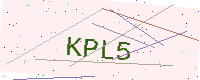
Text: KPL5